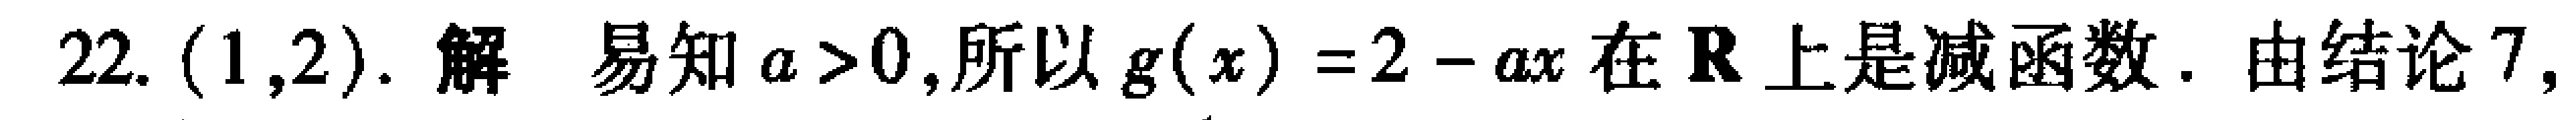
22. \((1,2)\). 解 易知 \(a > 0\),所以 \(g(x)=2 - ax\) 在 \(\mathbf{R}\) 上是减函数. 由结论7,